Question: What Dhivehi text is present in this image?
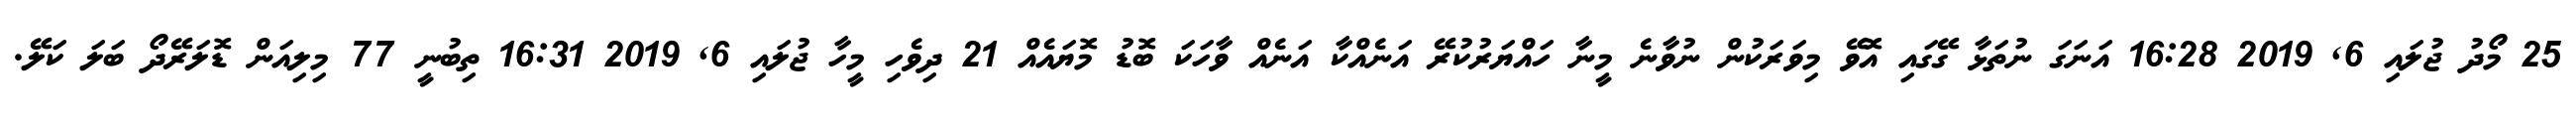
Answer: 25 މޯދު ޖުލައި 6, 2019 16:28 އަނަގަ ނުތަޅާ ގޭގައި އޮވޭ މިވަރަކުން ނުވާނެ މީނާ ހައްޔަރުކުރޭ އަނެއްކާ އަނެއް ވާހަކަ ބޮޑު މޮޔައެއް 21 ދިވެހި މީހާ ޖުލައި 6, 2019 16:31 ތިބުނީ 77 މިލިއަން ޑޮލަރޭދޯ ބަލަ ކަލޭ.